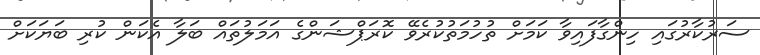
ސަރުކާރުގައި ހިންގާފައިވާ ކަމަށް ތުހުމަތުކުރެވޭ ކޮރަޕްޝަންގެ އަމަލުތައް ބަލާ އެކަން ކުރި ބަޔަކަށް